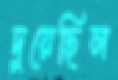
দুয়েছিল